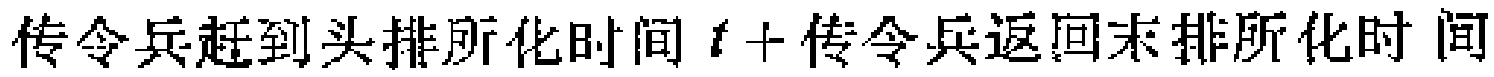
传令兵赶到头排所化时间 \(t +\)传令兵返回末排所化时间